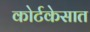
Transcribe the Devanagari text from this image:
कोर्टकेसात